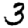
Digit: 3